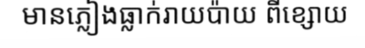
មានភ្លៀងធ្លាក់រាយប៉ាយ ពីខ្សោយ